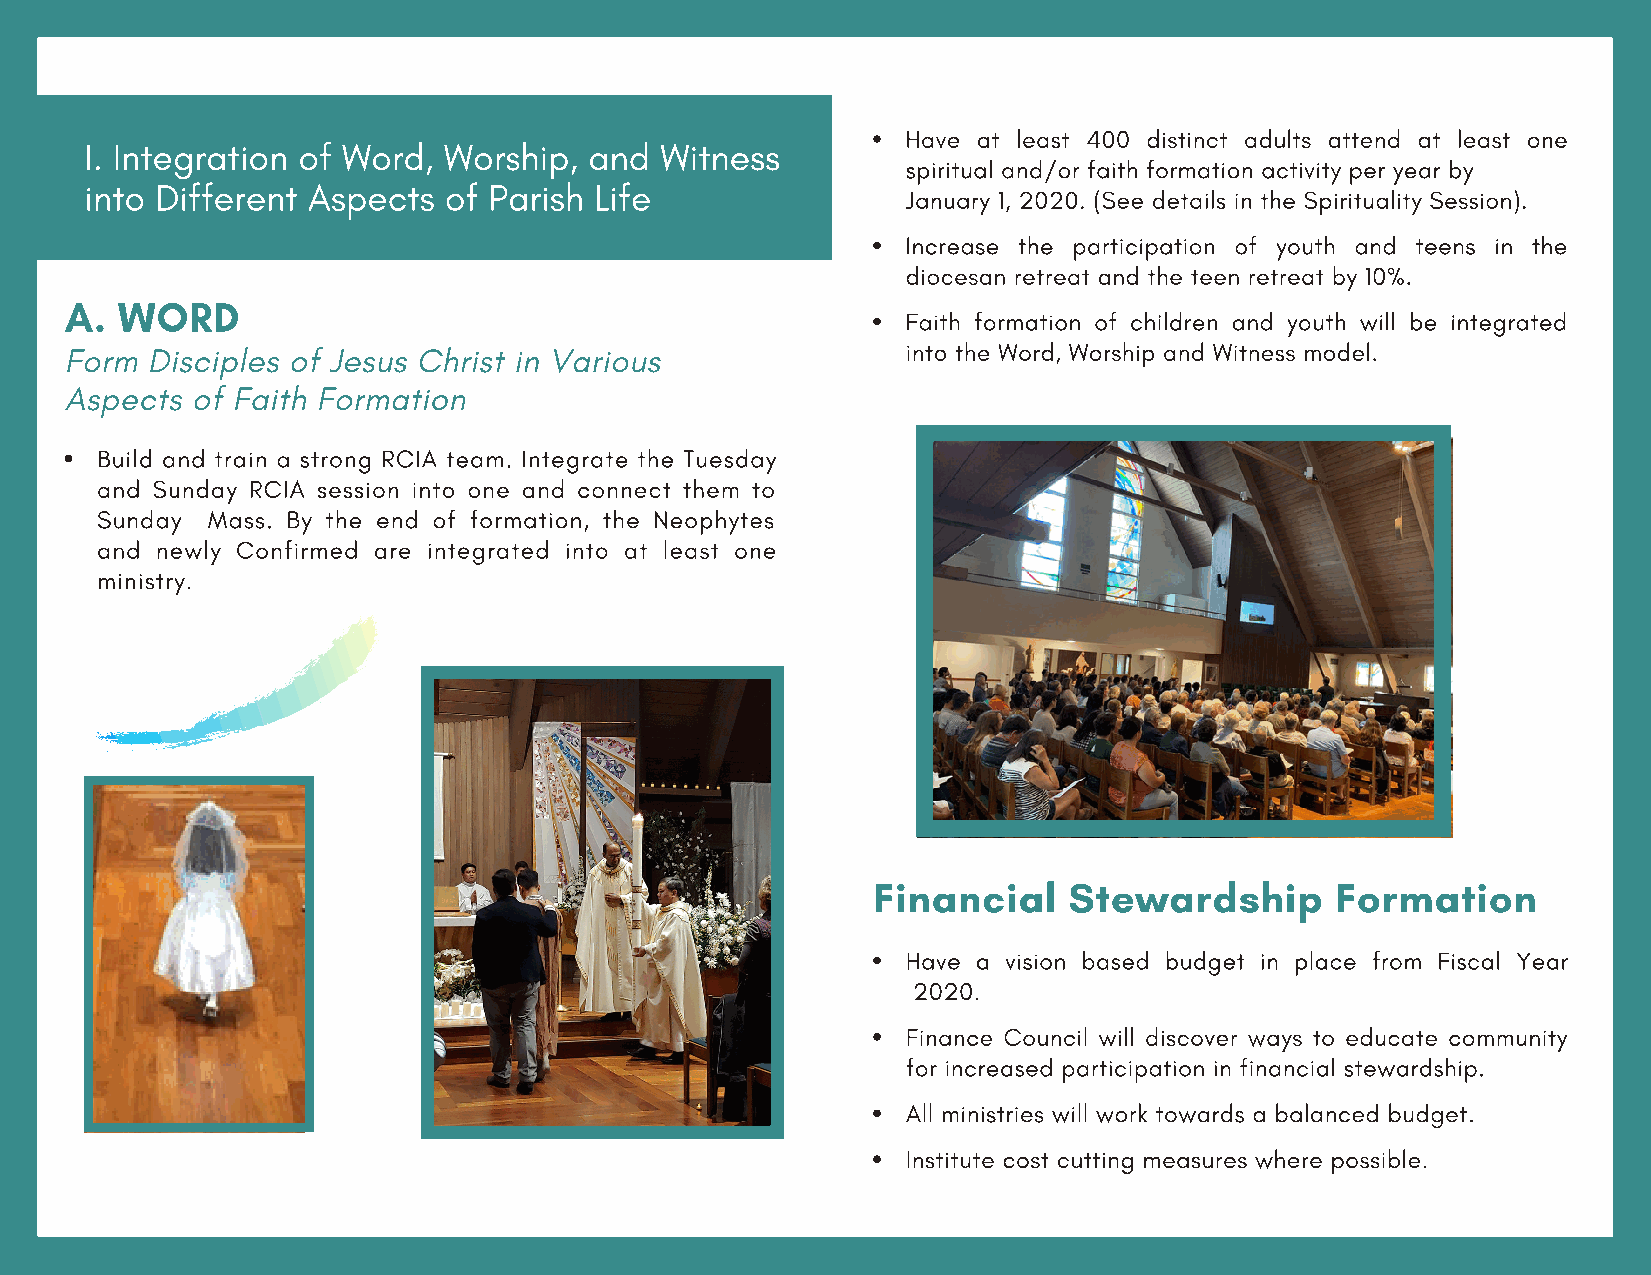
Have at least 400 distinct adults attend at least one
 I. Integration of Word, Worship, and  Witness
 spiritual and/or faith formation activity per year by
 into Different Aspects of Parish Life
 January 1, 2020. (See details in the Spirituality Session).
 Increase the participation of youth and teens in the
 diocesan retreat and the teen retreat by 10%.
 A.  WORD
 Faith formation of children and youth will be integrated
 Form  Disciples of Jesus Christ in Various              into the Word, Worship and Witness model.
 Aspects  of Faith Formation
 Build and train a strong RCIA team. Integrate the Tuesday
 and Sunday RCIA session into one and connect them to
 Sunday  Mass. By the end of formation, the Neophytes
 and newly Confirmed are integrated into at least one
 ministry.
 Financial    Stewardship      Formation
 Have a vision based budget in place from Fiscal Year
 2020.
 Finance Council will discover ways to educate community
 for increased participation in financial stewardship.
 All ministries will work towards a balanced budget.
 Institute cost cutting measures where possible.